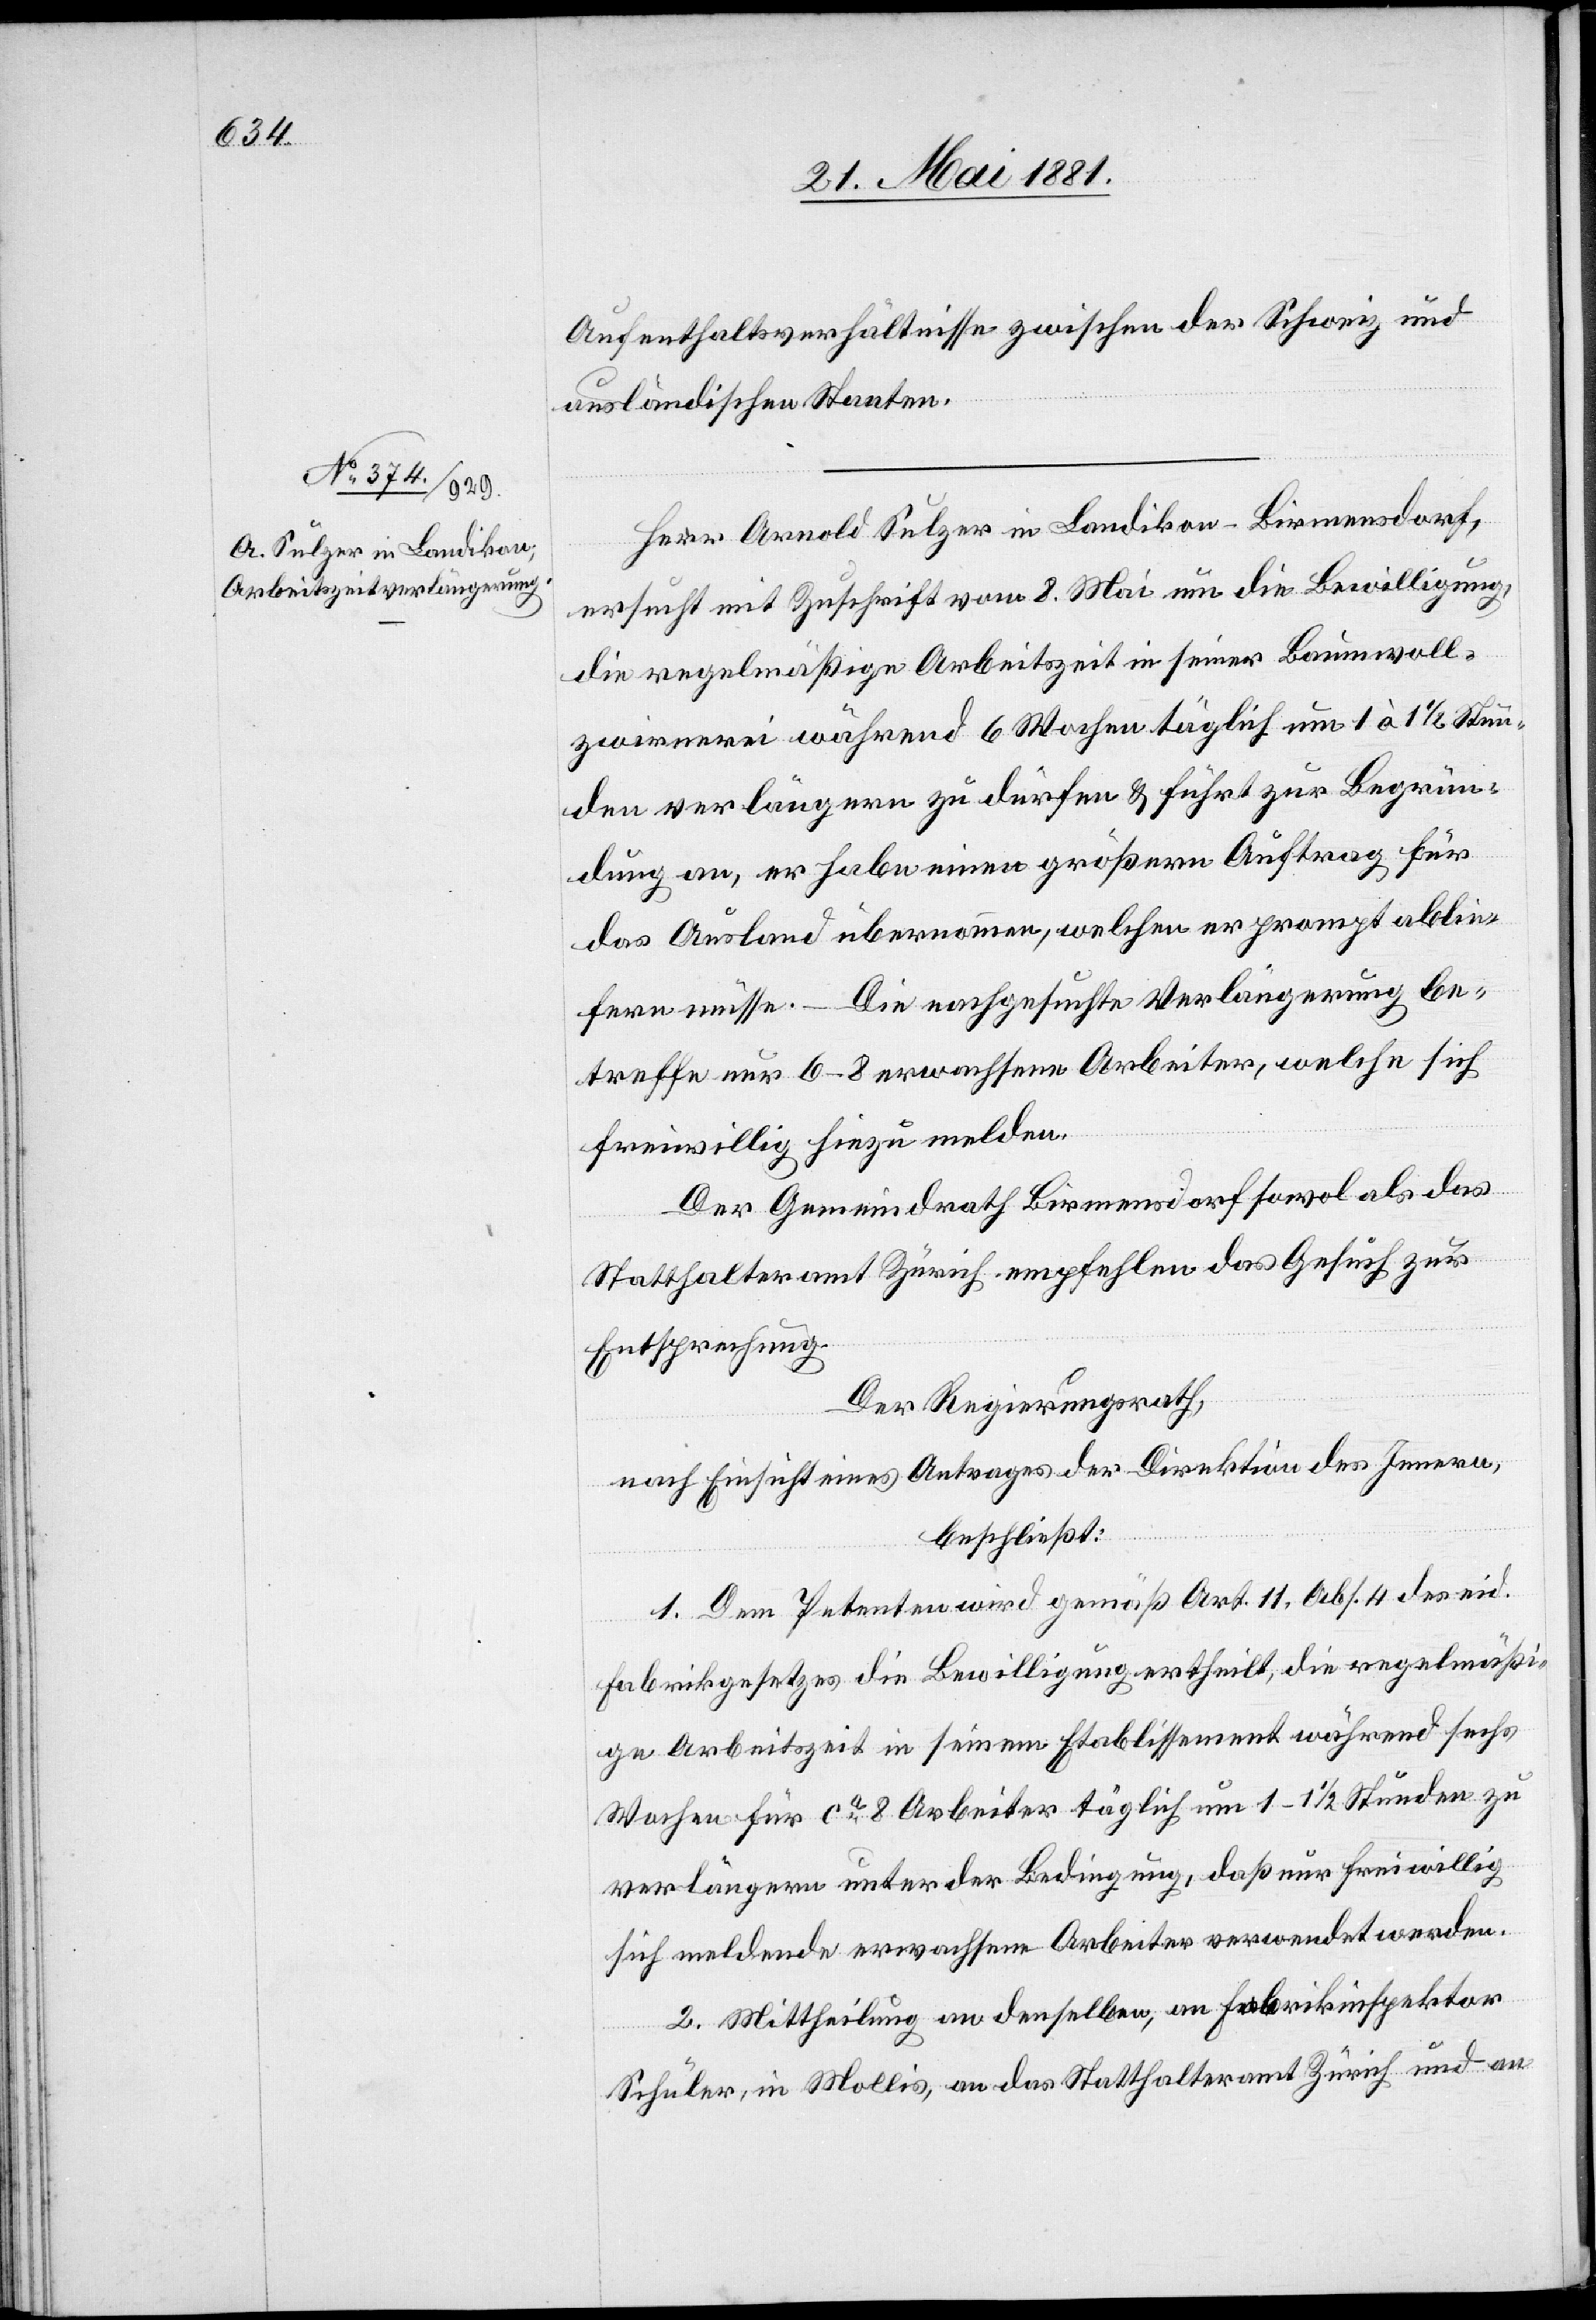
Aufenthaltsverhältnisse zwischen der Schweiz und
ausländischen Staaten.
Herr Arnold Sulzer in Landikon - Birmensdorf,
ersucht mit Zuschrift vom 8. Mai um die Bewilligung,
die regelmäßige Arbeitszeit in seiner Baumwoll¬
zwirnerei während 6 Wochen täglich um 1 à 1 1/2 Stun¬
den verlängern zu dürfen & führt zur Begrün¬
dung an, er habe einen größern Auftrag für
das Ausland übernommen, welchen er prompt ablie¬
fern müsse. – Die nachgesuchte Verlängerung be¬
treffe nur 6–8 erwachsene Arbeiter, welche sich
freiwillig hiezu melden.
Der Gemeindrath Birmensdorf sowol als das
Statthalteramt Zürich empfehlen das Gesuch zur
Entsprechung.
Der Regierungsrath,
nach Einsicht eines Antrages der Direktion des Innern,
beschließt:
1. Den Petenten wird gemäß Art. 11, Abs. 4 des eid.
Fabrikgesetzes die Bewilligung ertheilt, die regelmäßi¬
ge Arbeitszeit in seinem Etablissement während sechs
Wochen für ca 8 Arbeiter täglich um 1–1 1/2 Stunden zu
verlängern unter der Bedingung, daß nur freiwillig
sich meldende erwachsene Arbeiter verwendet werden.
2. Mittheilung an denselben, an Fabrikinspektor
Schuler, in Mollis, an das Statthalteramt Zürich und an